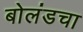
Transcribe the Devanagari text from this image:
बोलंडचा